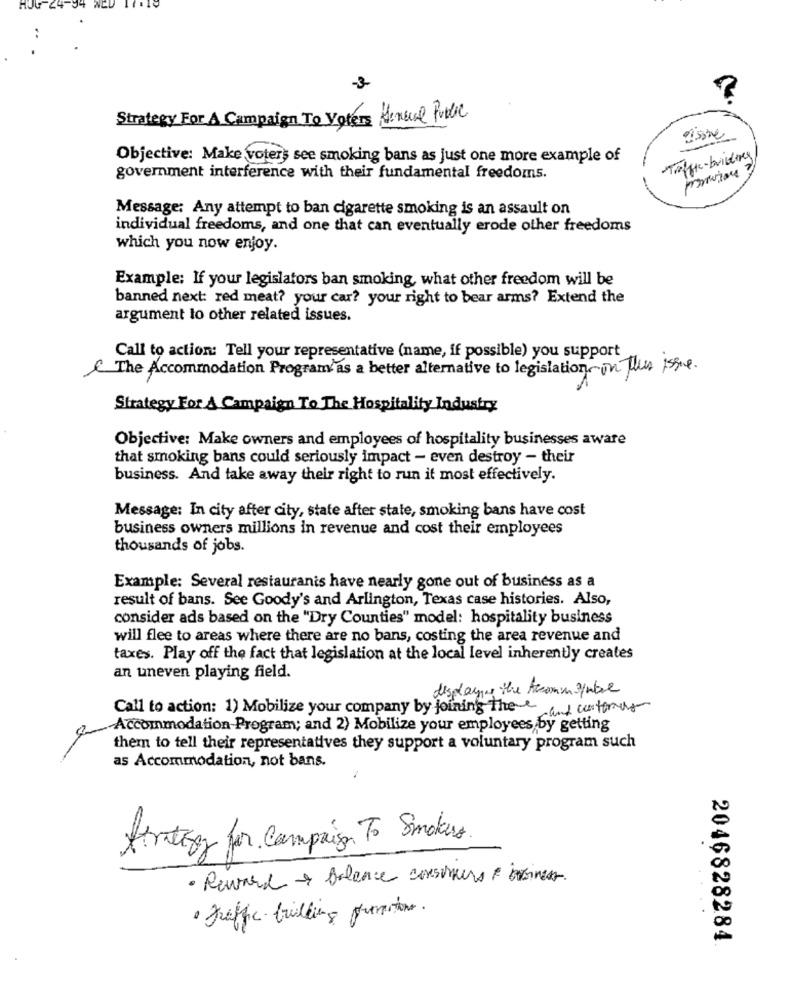
HJG 24-9
..
-3-
?
Strategy For A Campaign To Voters Henul Public
issue
Objective: Make voters see smoking bans as just one more example of
government interference with their fundamental freedoms.
Message: Any attempt to ban cigarette smoking is an assault on
individual freedoms, and one that can eventually erode other freedoms
which you now enjoy.
Example: If your legislators ban smoking, what other freedom will be
banned next: red meat? your car? your right to bear arms? Extend the
argument to other related issues.
Call to action: Tell your representative (name, if possible) you support
The Accommodation Program as a better alternative to legislation on this issue.
Strategy For A Campaign To The Hospitality Industry
Objective: Make owners and employees of hospitality businesses aware
that smoking bans could seriously impact - even destroy - their
business. And take away their right to run it most effectively.
Message: In city after city, state after state, smoking bans have cost
business owners millions in revenue and cost their employees
thousands of jobs.
Example: Several restaurants have nearly gone out of business as a
result of bans. See Goody's and Arlington, Texas case histories. Also,
consider ads based on the "Dry Counties" model: hospitality business
will flee to areas where there are no bans, costing the area revenue and
taxes. Play off the fact that legislation at the local level inherently creates
an uneven playing field.
displaying the Accomm symbol
Call to action: 1) Mobilize your company by joining the e and contenus
Accommodation Program; and 2) Mobilize your employees by getting
them to tell their representatives they support a voluntary program such
as Accommodation, not bans.
N
firategy for Campaign To Smokers.
· Reward & Balance consumers & ininest.
DO
· Traffic-building preventions.
2046828284